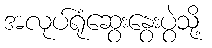
အလုပ်ရုံဆွေးနွေးပွဲသို့